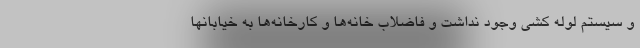
و سیستم لوله کشی وجود نداشت و فاضلاب خانه‌ها و کارخانه‌ها به خیابانها